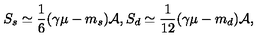
S _ { s } \simeq { \frac { 1 } { 6 } } ( \gamma \mu - m _ { s } ) { \cal A } , S _ { d } \simeq { \frac { 1 } { 1 2 } } ( \gamma \mu - m _ { d } ) { \cal A } ,